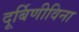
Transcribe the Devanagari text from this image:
दूर्बिणीविना